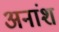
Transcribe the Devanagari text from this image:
अनांश